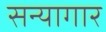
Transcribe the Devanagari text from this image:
सन्यागार